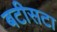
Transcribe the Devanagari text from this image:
बटीसटा